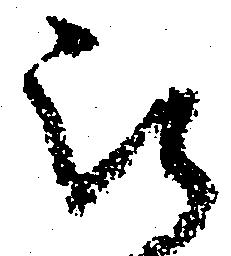
被